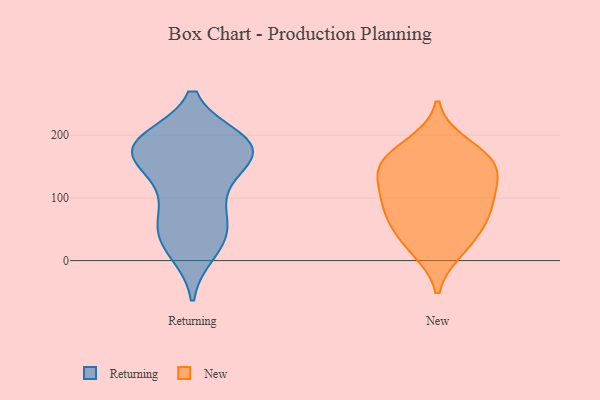
{"axis": {"x": "Churn Rate (%)", "y": "Value"}, "legend": ["New", "Returning"], "data": [{"x": "", "y": 176, "type": "Returning"}, {"x": "", "y": 181, "type": "Returning"}, {"x": "", "y": 114, "type": "Returning"}, {"x": "", "y": 45, "type": "Returning"}, {"x": "", "y": 15, "type": "Returning"}, {"x": "", "y": 129, "type": "Returning"}, {"x": "", "y": 184, "type": "Returning"}, {"x": "", "y": 50, "type": "Returning"}, {"x": "", "y": 84, "type": "Returning"}, {"x": "", "y": 58, "type": "Returning"}, {"x": "", "y": 191, "type": "Returning"}, {"x": "", "y": 163, "type": "Returning"}, {"x": "", "y": 185, "type": "Returning"}, {"x": "", "y": 180, "type": "Returning"}, {"x": "", "y": 184, "type": "Returning"}, {"x": "", "y": 22, "type": "Returning"}, {"x": "", "y": 171, "type": "Returning"}, {"x": "", "y": 184, "type": "New"}, {"x": "", "y": 103, "type": "New"}, {"x": "", "y": 65, "type": "New"}, {"x": "", "y": 151, "type": "New"}, {"x": "", "y": 18, "type": "New"}, {"x": "", "y": 29, "type": "New"}, {"x": "", "y": 159, "type": "New"}, {"x": "", "y": 114, "type": "New"}, {"x": "", "y": 140, "type": "New"}, {"x": "", "y": 67, "type": "New"}, {"x": "", "y": 85, "type": "New"}, {"x": "", "y": 159, "type": "New"}]}